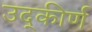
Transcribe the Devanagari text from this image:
उद्‌कीर्ण